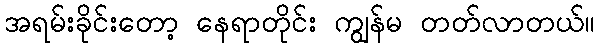
အရမ်းခိုင်းတော့ နေရာတိုင်း ကျွန်မ တတ်လာတယ်။